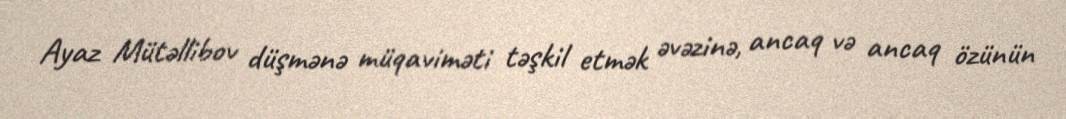
Ayaz Mütəllibov düşmənə müqaviməti təşkil etmək əvəzinə, ancaq və ancaq özünün